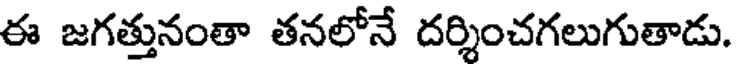
ఈ జగత్తునంతా తనలోనే దర్శించగలుగుతాడు.